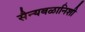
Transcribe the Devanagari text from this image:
सैन्यबळानिशी